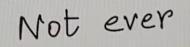
Not ever